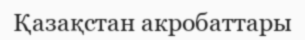
Қазақстан акробаттары